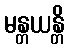
မန္တယန္တိ